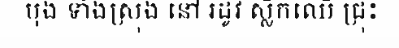
បុង ទាំងស្រុង នៅ រដូវ ស្លឹកឈើ ជ្រុះ